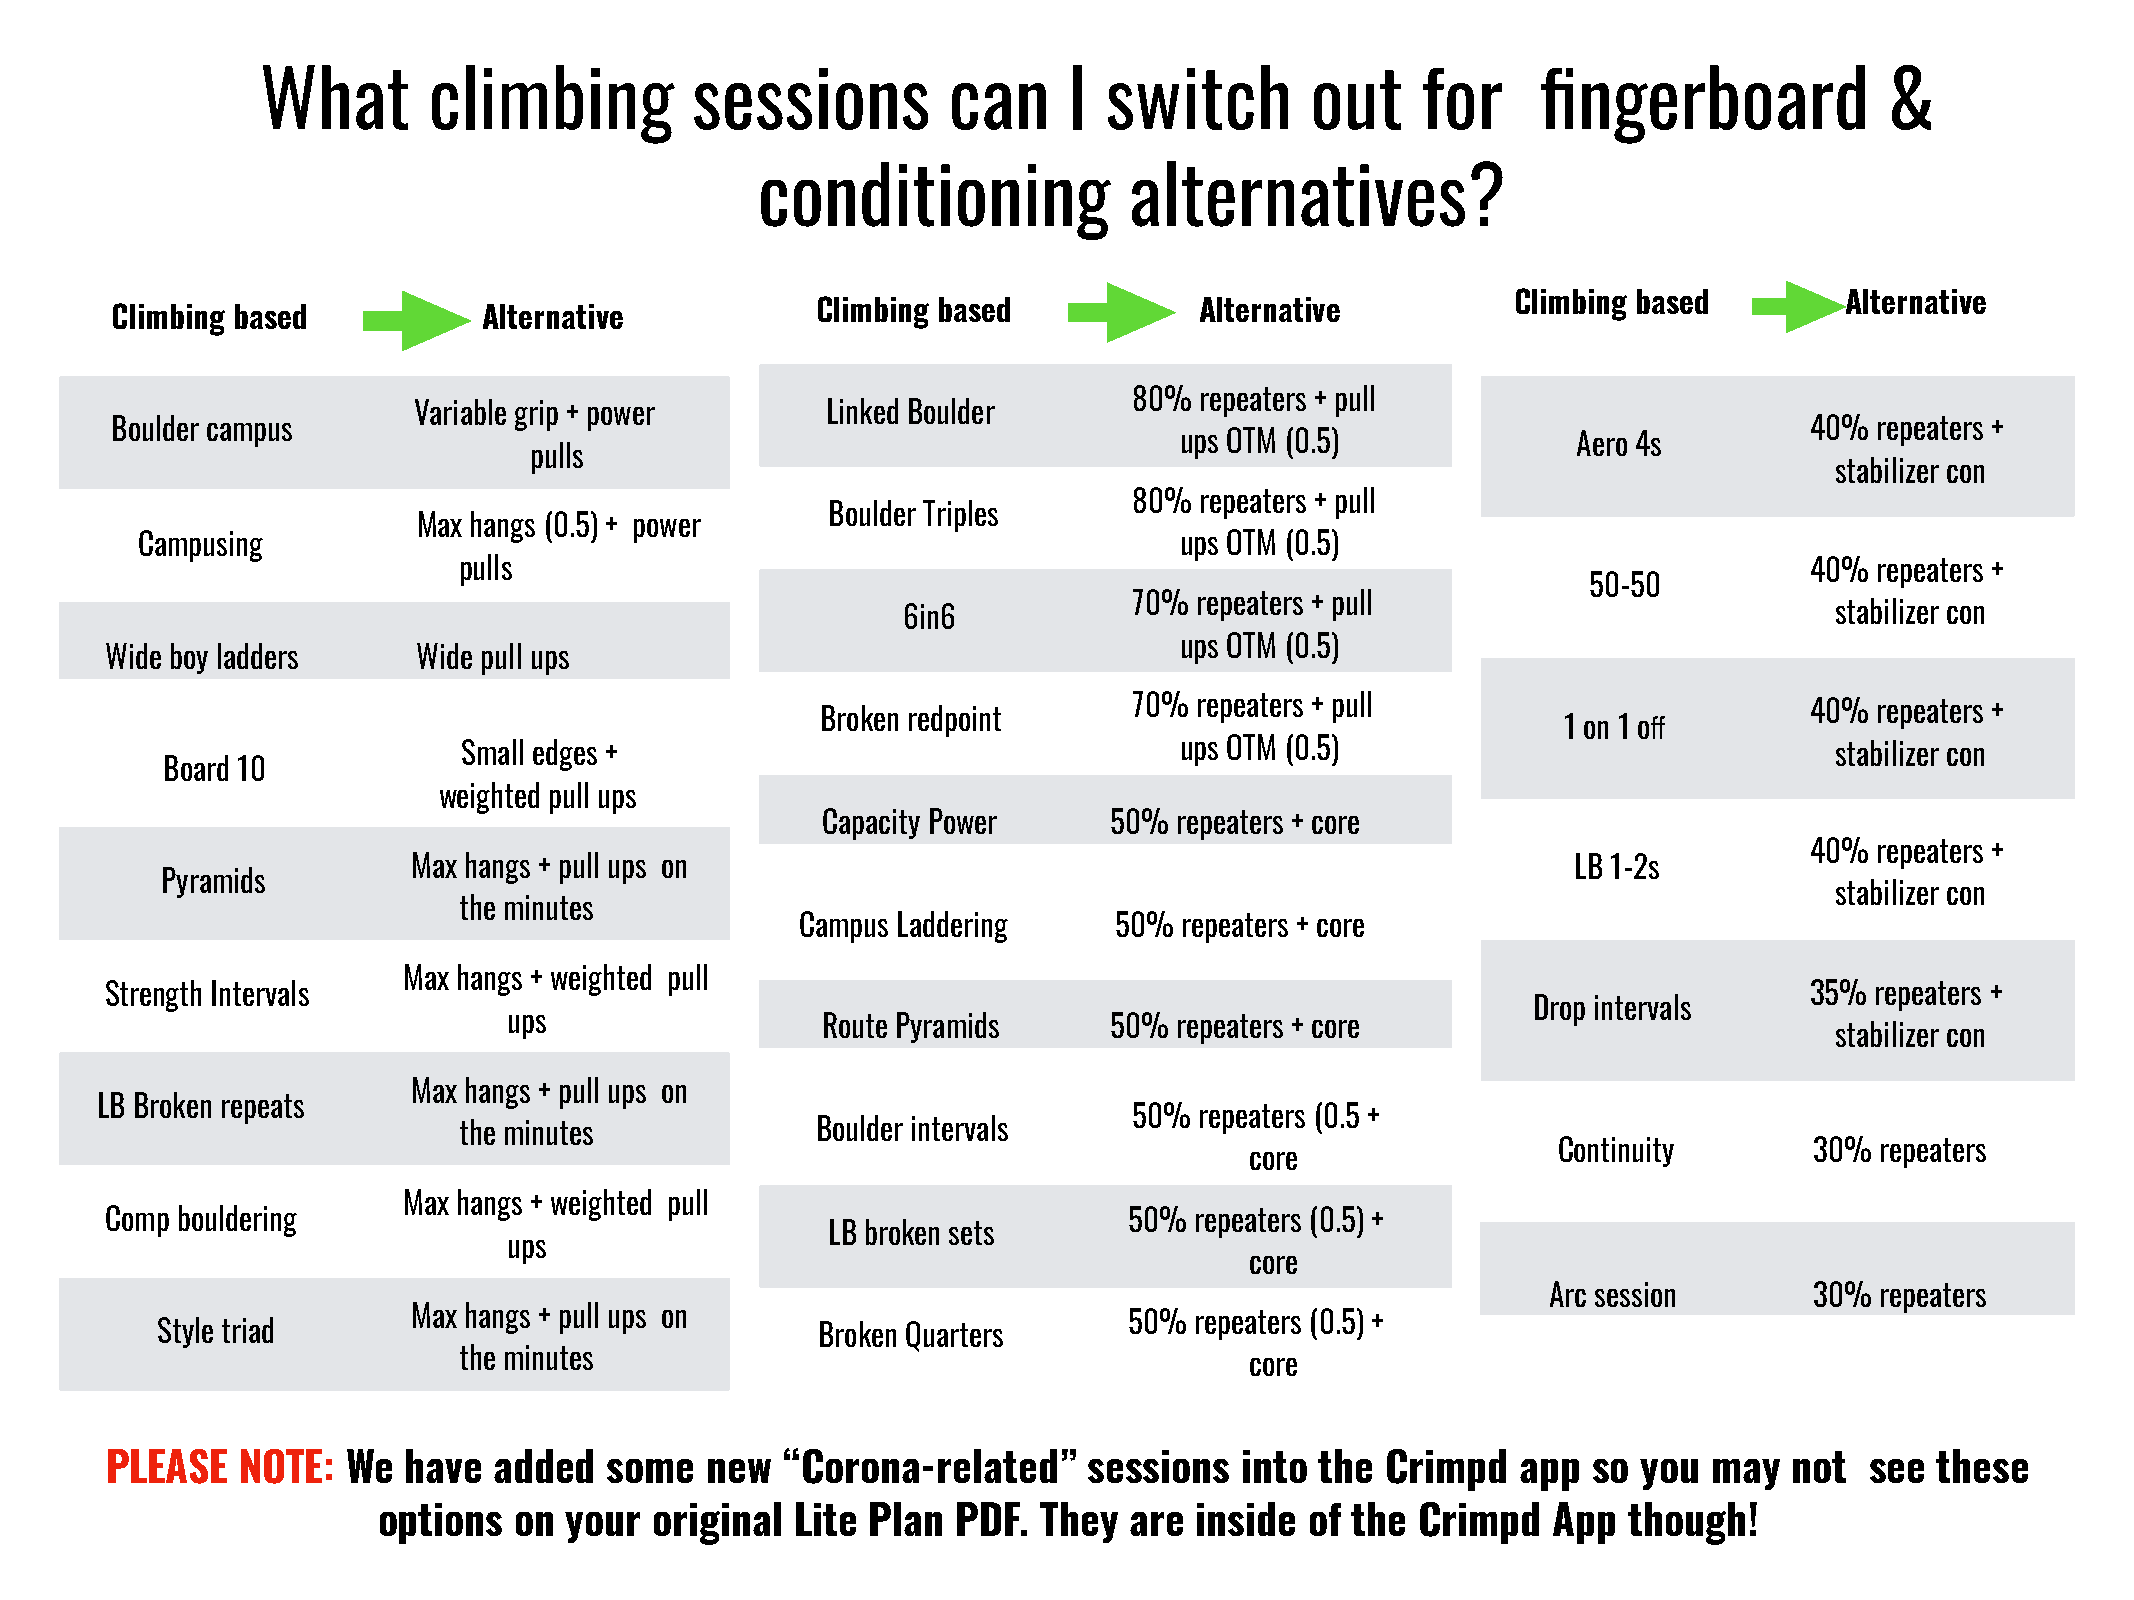
What       climbing          sessions         can     I switch        out    for     fingerboard            &
 conditioning             alternatives?
 Climbing based        Alternative
 Climbing based           Alternative
 Climbing based           Alternative
 80% repeaters + pull
 Variable grip + power       Linked Boulder
 Boulder campus                                                                                                   40% repeaters +
 ups OTM (0.5)             Aero 4s
 pulls
 stabilizer con
 80% repeaters + pull
 Boulder Triples
 Max hangs (0.5) + power
 Campusing                                                            ups OTM (0.5)
 pulls                                                                                     40% repeaters +
 50-50
 70% repeaters + pull
 6in6                                                         stabilizer con
 ups OTM (0.5)
 Wide boy ladders     Wide pull ups
 70% repeaters + pull
 40% repeaters +
 Broken redpoint                                   1 on 1 off
 Small edges +                                  ups OTM (0.5)                              stabilizer con
 Board 10
 weighted pull ups
 Capacity Power     50%  repeaters + core
 40% repeaters +
 Max hangs + pull ups on                                                      LB 1-2s
 Pyramids
 stabilizer con
 the minutes
 Campus Laddering     50% repeaters + core
 Max hangs + weighted pull
 Strength Intervals                                                                                               35% repeaters +
 Drop intervals
 ups                 Route Pyramids     50%  repeaters + core
 stabilizer con
 Max hangs + pull ups on
 LB Broken repeats
 50% repeaters (0.5 +
 the minutes             Boulder intervals
 Continuity       30% repeaters
 core
 Max hangs + weighted pull
 Comp bouldering                                                     50% repeaters (0.5) +
 LB broken sets
 ups
 core
 Arc session      30% repeaters
 Max hangs + pull ups on
 50% repeaters (0.5) +
 Style triad                                 Broken Quarters
 the minutes
 core
 PLEASE   NOTE:  We  have  added  some   new  “Corona-related”    sessions  into the  Crimpd   app so  you may   not  see these
 options  on your  original  Lite Plan PDF.  They  are inside  of the Crimpd   App  though!